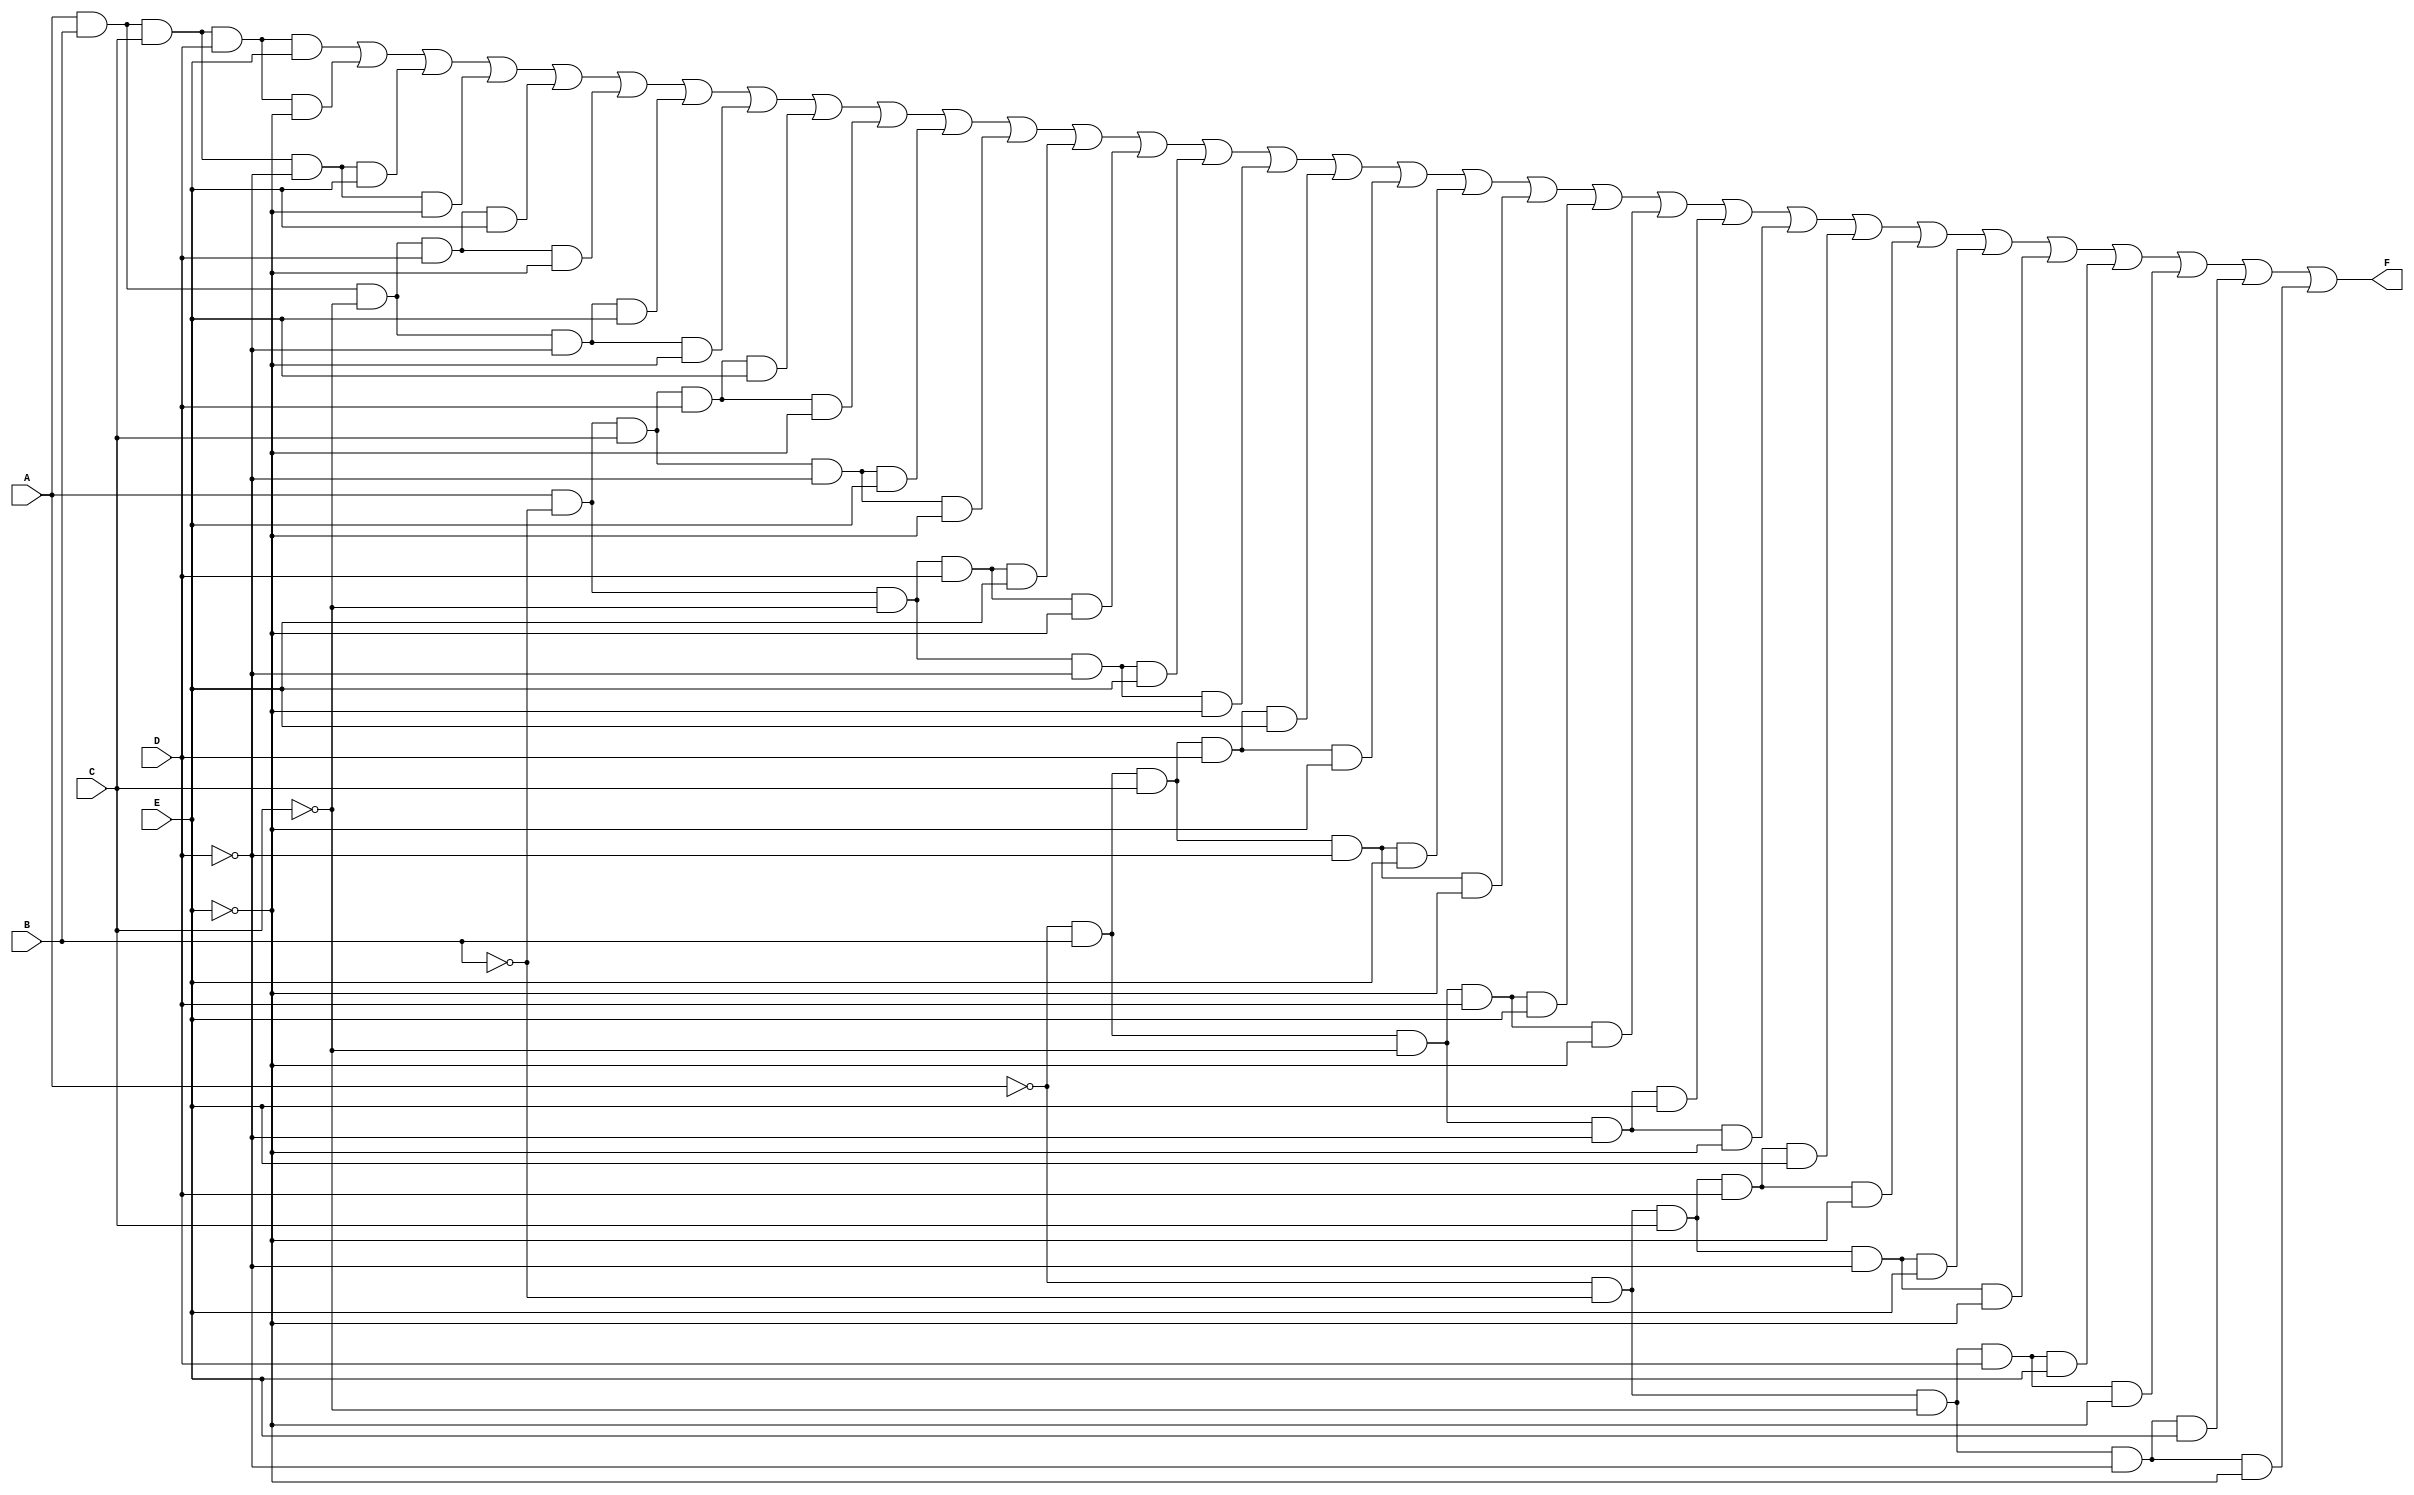
module five_variable_kmap (
    input wire A,
    input wire B,
    input wire C,
    input wire D,
    input wire E,
    output wire F
);

// Define the K-map output based on the minterms
// The output F is derived from the K-map grouping
assign F = (A & B & C & D & E) | // minterm 31
           (A & B & C & D & ~E) | // minterm 30
           (A & B & C & ~D & E) | // minterm 29
           (A & B & C & ~D & ~E) | // minterm 28
           (A & B & ~C & D & E) | // minterm 27
           (A & B & ~C & D & ~E) | // minterm 26
           (A & B & ~C & ~D & E) | // minterm 25
           (A & B & ~C & ~D & ~E) | // minterm 24
           (A & ~B & C & D & E) | // minterm 23
           (A & ~B & C & D & ~E) | // minterm 22
           (A & ~B & C & ~D & E) | // minterm 21
           (A & ~B & C & ~D & ~E) | // minterm 20
           (A & ~B & ~C & D & E) | // minterm 19
           (A & ~B & ~C & D & ~E) | // minterm 18
           (A & ~B & ~C & ~D & E) | // minterm 17
           (A & ~B & ~C & ~D & ~E) | // minterm 16
           (~A & B & C & D & E) | // minterm 15
           (~A & B & C & D & ~E) | // minterm 14
           (~A & B & C & ~D & E) | // minterm 13
           (~A & B & C & ~D & ~E) | // minterm 12
           (~A & B & ~C & D & E) | // minterm 11
           (~A & B & ~C & D & ~E) | // minterm 10
           (~A & B & ~C & ~D & E) | // minterm 9
           (~A & B & ~C & ~D & ~E) | // minterm 8
           (~A & ~B & C & D & E) | // minterm 7
           (~A & ~B & C & D & ~E) | // minterm 6
           (~A & ~B & C & ~D & E) | // minterm 5
           (~A & ~B & C & ~D & ~E) | // minterm 4
           (~A & ~B & ~C & D & E) | // minterm 3
           (~A & ~B & ~C & D & ~E) | // minterm 2
           (~A & ~B & ~C & ~D & E) | // minterm 1
           (~A & ~B & ~C & ~D & ~E); // minterm 0

endmodule